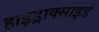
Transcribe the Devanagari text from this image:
हाइड्राक्साइडें